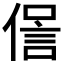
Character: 𠌜